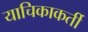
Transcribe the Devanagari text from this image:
याचिकाकर्ती